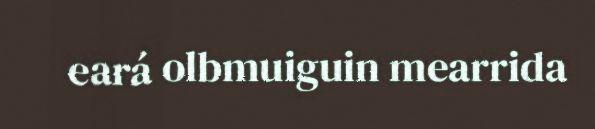
eará olbmuiguin mearrida